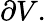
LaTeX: \partial V.